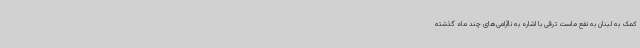
کمک به لبنان به نفع ماست ترقی با اشاره به ناآرامی‌های چند ماه گذشته